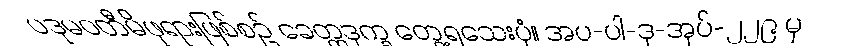
ပဒုမဝတီမိဖုရားဖြစ်စဉ် ခေတ္တဒုက္ခ တွေ့ရသေးပုံ။ အပ-ပါ-ဒု-အုပ်-၂၂၉ မှ